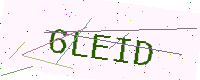
Text: 6LEID